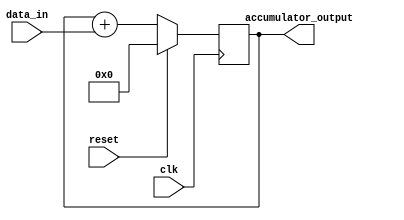
module cascaded_accumulator (
    input wire clk,
    input wire reset,
    input wire [7:0] data_in,
    output reg [15:0] accumulator_output
);

reg [15:0] accumulator;

always @(posedge clk) begin
    if (reset) begin
        accumulator <= 16'd0;
    end else begin
        accumulator <= accumulator + data_in;
    end
end

assign accumulator_output = accumulator;

endmodule